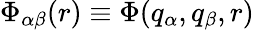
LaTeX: \Phi_{\alpha\beta}(r)\equiv\Phi(q_{\alpha},q_{\beta},r)